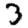
Digit: 3